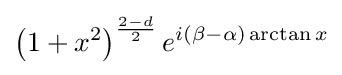
\left(1+x^{2}\right)^{\frac {2-d}{2}}e^{i(\beta -\alpha )\arctan x}